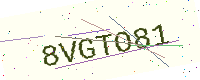
Text: 8VGTO81